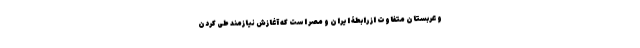
و عربستان متفاوت از رابطۀ ایران و مصر است که آغازش نیازمند طی کردن